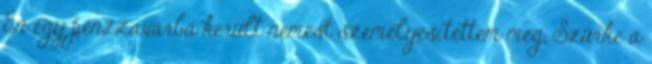
Én egy pénzzavarba került nemest személyesítettem meg, Szürke a